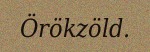
Örökzöld.